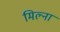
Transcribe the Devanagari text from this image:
मिल्ना